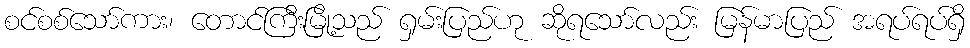
စင်စစ်သော်ကား၊ တောင်ကြီးမြို့သည် ရှမ်းပြည်ဟု ဆိုရသော်လည်း မြန်မာပြည် အရပ်ရပ်ရှိ